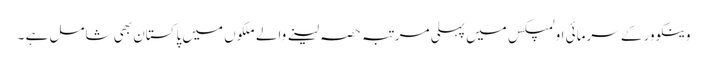
وینکوور کے سرمائی اولمپکس میں پہلی مرتبہ حصہ لینے والے ملکوں میں پاکستان بھی شامل ہے ۔